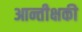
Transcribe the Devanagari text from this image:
आन्तीक्षकी